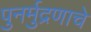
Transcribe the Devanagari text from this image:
पुनर्मुद्रणाचे